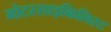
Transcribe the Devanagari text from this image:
मोटरसाइकिलिस्ट